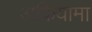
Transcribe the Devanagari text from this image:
अकियामा